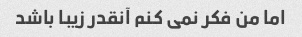
اما من فکر نمی کنم آنقدر زیبا باشد